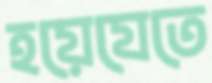
হয়েযেতে